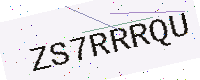
Text: ZS7RRRQU